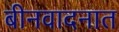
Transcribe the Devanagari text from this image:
बीनवादनात